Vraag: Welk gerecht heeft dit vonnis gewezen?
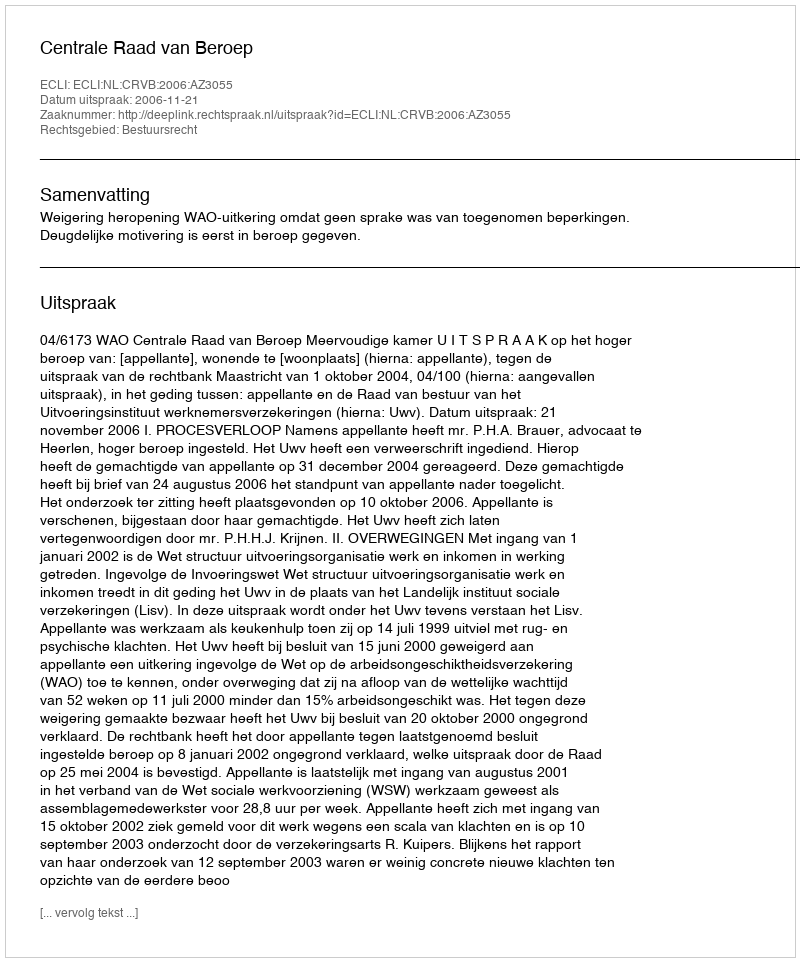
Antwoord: Centrale Raad van Beroep